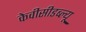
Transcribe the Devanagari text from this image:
केवीसीडब्ल्यू